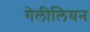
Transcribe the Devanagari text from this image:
गेलीलियन